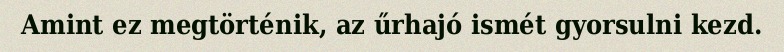
Amint ez megtörténik, az űrhajó ismét gyorsulni kezd.